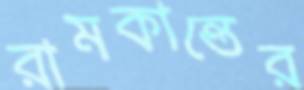
রামকান্তের